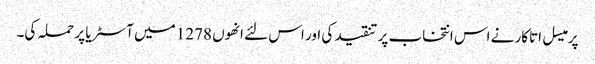
پرمیسل اتاکار نے اس انتخاب پر تنقید کی اور اس لئے انھوں 1278 میں آسٹریا پر حملہ کی۔